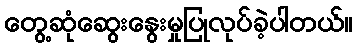
တွေ့ဆုံဆွေးနွေးမှုပြုလုပ်ခဲ့ပါတယ်။